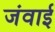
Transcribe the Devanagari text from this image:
जंवाई